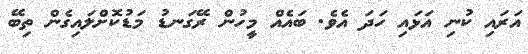
އަރައި ކުނި އަޅައި ހަދަ އެވެ. ބައެއް މީހުން ރޭގަނޑު މަޑުކޮށްލައިގެން ތިބޭ